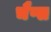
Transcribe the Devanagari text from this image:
चैप्स